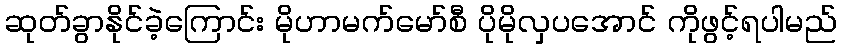
ဆုတ်ခွာနိုင်ခဲ့ကြောင်း မိုဟာမက်မော်စီ ပိုမိုလှပအောင် ကိုဖွင့်ရပါမည်